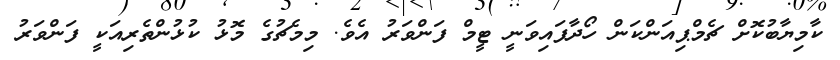
ކާމިޔާބުކޮށް ޗެމްޕިއަންކަން ހޯދާފައިވަނީ ޓީމް ފަންވަރު އެވެ. މިމެޗުގެ މޮޅު ކުޅުންތެރިއަކީ ފަންވަރު